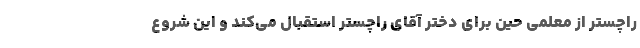
راچستر از معلمی حین برای دختر آقای راچستر استقبال می‌کند و این شروع